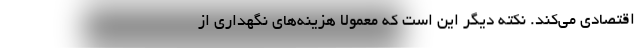
اقتصادی می‌کند. نکته دیگر این است که معمولا هزینه‌های نگهداری از